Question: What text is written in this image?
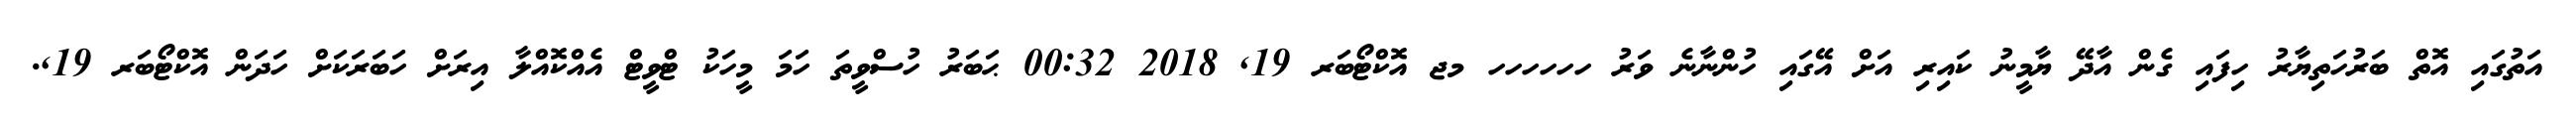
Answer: އަތުގައި އޮތް ބަރުހަތިޔާރު ހިފައި ގެން އާދޭ ޔާމީނު ކައިރި އަށް އޭގައި ހުންނާނެ ވަރު ހހހހހހ މޖ އޮކްޓޯބަރ 19, 2018 00:32 ޙަބަރު ހުސްވީތަ ހަމަ މީހަކު ޓްވީޓް އެއްކޮއްލާ އިރަށް ހަބަރަކަށް ހަދަން އޮކްޓޯބަރ 19,.